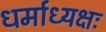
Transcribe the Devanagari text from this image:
धर्माध्यक्षः